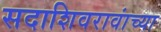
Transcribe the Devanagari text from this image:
सदाशिवरावांच्या